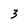
Character: 3